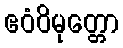
ဧဝံဝိမုတ္တော